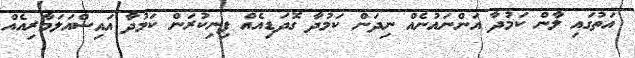
އަތުގައި ލާން ކަމުދާ އަންނައުނެއް ނިދަން ކަމުދާ ގޮދަޑިއެއް ފިނިކުރަން ކަމުދާ އައިސްއަލަމާރިއެއް